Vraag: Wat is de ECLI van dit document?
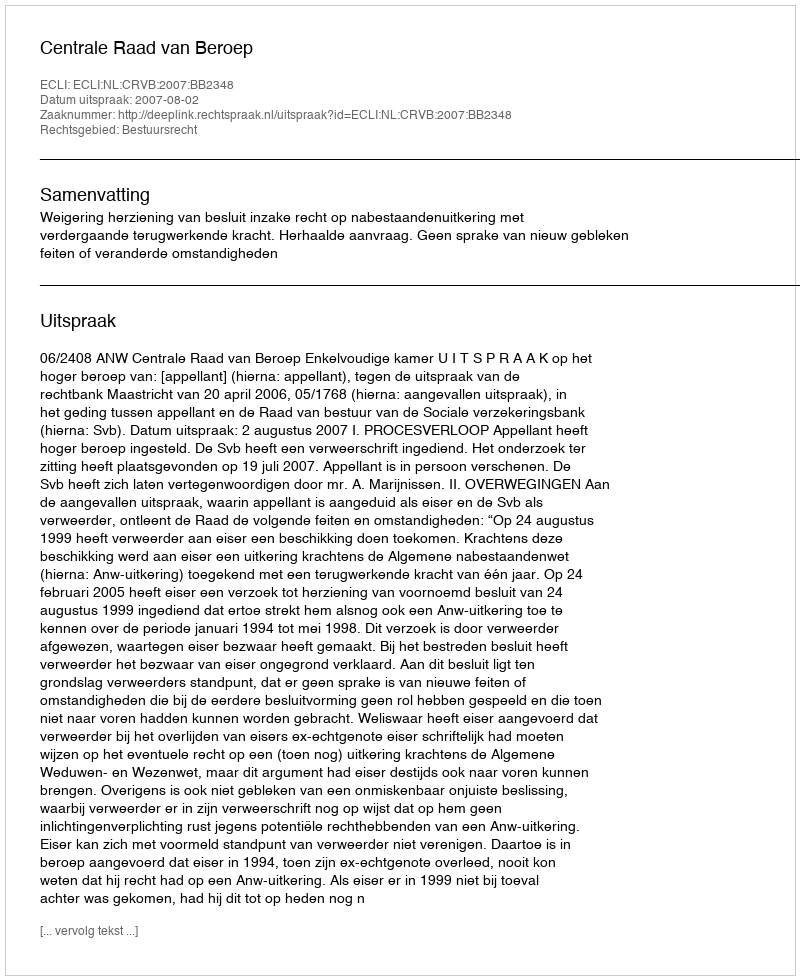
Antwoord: ECLI:NL:CRVB:2007:BB2348